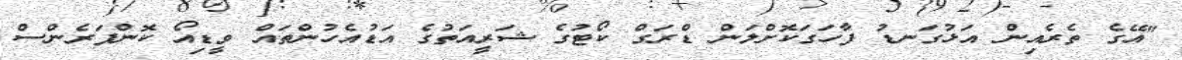
"އޭގެ ތެރެއިން އަޅުގަނޑު ފާހަގަކޮށްލަން ޑްރަގް ކޯޓުގެ ޝަރީއަތުގެ އަޑުއެހުންތައް ވީޑިއޯ ކޮންފަރެންސް